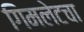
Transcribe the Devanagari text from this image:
गिमलेटचा